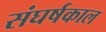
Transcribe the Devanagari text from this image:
संघर्षकाल